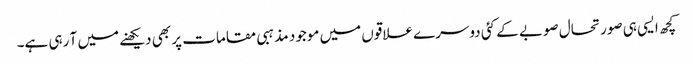
کچھ ایسی ہی صورتحال صوبے کے کئی دوسرے علاقوں میں موجود مذہبی مقامات پر بھی دیکھنے میں آ رہی ہے۔